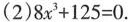
(2)$$8 x ^ { 3 } + 1 2 5 = 0$$.